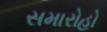
સમારોહો